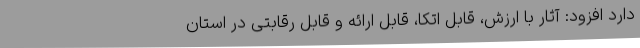
دارد افزود: آثار با ارزش، قابل اتکا، قابل ارائه و قابل رقابتی در استان